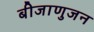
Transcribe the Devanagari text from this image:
बीजाणुजन